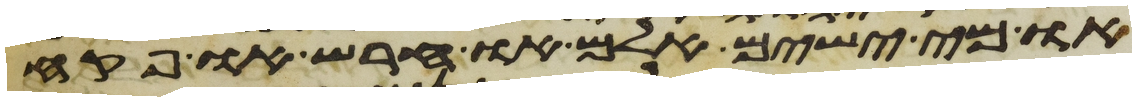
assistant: או מי ישים אלם או חרש או פקח